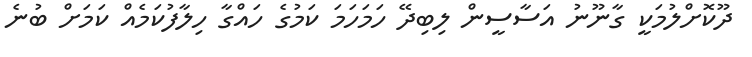
ދޫކޮށްލުމަކީ ގާނޫނު އަސާސީން ލިބިދޭ ހަމަހަމަ ކަމުގެ ހައްގާ ހިލާފުކަމެއް ކަމަށް ބުނެ